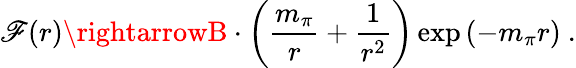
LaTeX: \mathscr{F}(r)\rightarrowB\cdot\left(\frac{{m_{\pi}}}{{r}}+\frac{{1}}{{r^{2}}}\right)\exp\left(-m_{\pi}r\right)\ .